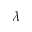
\lambda